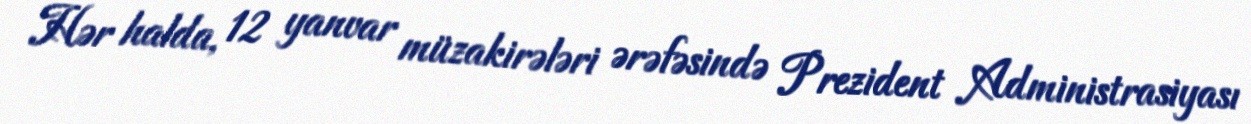
Hər halda, 12 yanvar müzakirələri ərəfəsində Prezident Administrasiyası